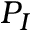
P _ { I }